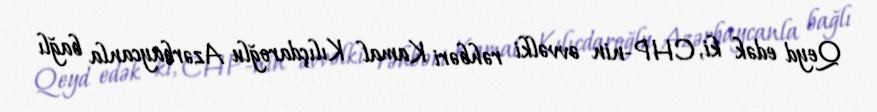
Qeyd edək ki, CHP-nin əvvəlki rəhbəri Kamal Kılıçdaroğlu Azərbaycanla bağlı